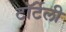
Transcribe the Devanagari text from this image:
टॉर्टेली